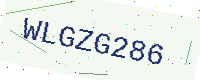
Text: WLGZG286